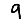
Digit: 9